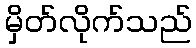
မှိတ်လိုက်သည်